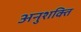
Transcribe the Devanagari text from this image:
अनुशक्ति